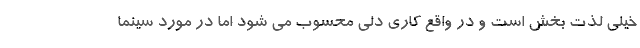
خیلی لذت‌ بخش است و در واقع کاری دلی محسوب می‌ شود اما در مورد سینما